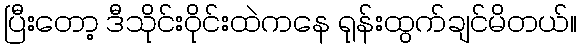
ပြီးတော့ ဒီသိုင်းဝိုင်းထဲကနေ ရုန်းထွက်ချင်မိတယ်။